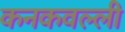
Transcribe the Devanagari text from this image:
कनकवल्ली